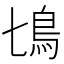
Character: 𩾔